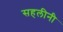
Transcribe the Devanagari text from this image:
सहलीनी